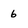
Character: 6